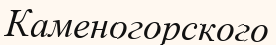
Каменогорского